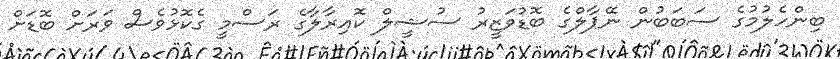
ބިންހެލުމުގެ ސަބަބުން ނޭޕާލްގެ ބޮޑުވަޒީރު ސުޝީލް ކޮއިރާލާގެ ރަސްމީ ގެކޮޅުވެސް ވަރަށް ބޮޑަށް